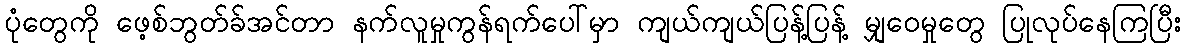
ပုံတွေကို ဖေ့စ်ဘွတ်ခ်အင်တာ နက်လူမှုကွန်ရက်ပေါ်မှာ ကျယ်ကျယ်ပြန့်ပြန့် မျှဝေမှုတွေ ပြုလုပ်နေကြပြီး